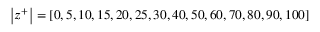
\left| z ^ { + } \right| = [ 0 , 5 , 1 0 , 1 5 , 2 0 , 2 5 , 3 0 , 4 0 , 5 0 , 6 0 , 7 0 , 8 0 , 9 0 , 1 0 0 ]